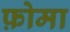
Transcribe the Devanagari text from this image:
फ़ोमा